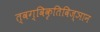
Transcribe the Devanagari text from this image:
त्वग्विकृतिविज्ञान